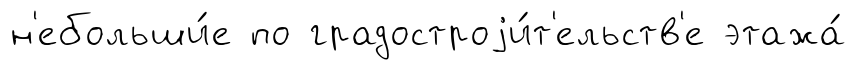
н'ебольши́е по градостроjи́т'ельств'е этажа́